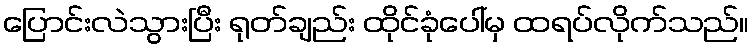
ပြောင်းလဲသွားပြီး ရုတ်ချည်း ထိုင်ခုံပေါ်မှ ထရပ်လိုက်သည်။